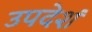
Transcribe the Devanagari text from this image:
उपदेशं